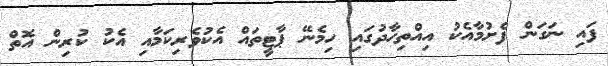
ފައި ނަގަން ފެށުމާއެކު އިއްތިހާދުގައި ހިމެނޭ ޕާޓީތައް އެކުވެރިކަމާއި އެކު ކުރިން އޮތް